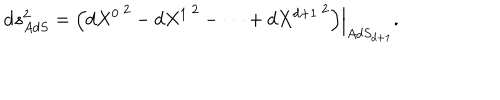
LaTeX: { \mathrm d } s _ { A d S } ^ { 2 } = \left. \left( d { { X } ^ { 0 } } ^ { \, 2 } - d { { X } ^ { 1 } } ^ { \, 2 } - \cdots + d { { X } ^ { d + 1 } } ^ { \, 2 } \right) \right| _ { A d S _ { d + 1 } } .